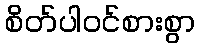
စိတ်ပါဝင်စားစွာ